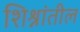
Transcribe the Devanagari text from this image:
शिश्नांतील